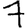
Digit: 7